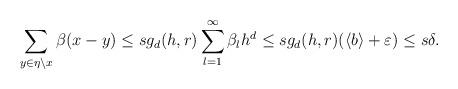
LaTeX: \begin{align*} \sum_{y\in\eta\setminus x}\beta(x-y)\le sg_d(h,r)\sum_{l=1}^{\infty}\beta_l h^d \le sg_d(h,r)(\langle b\rangle +\varepsilon)\le s\delta.\end{align*}